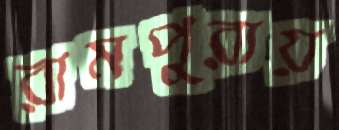
রামপুরায়